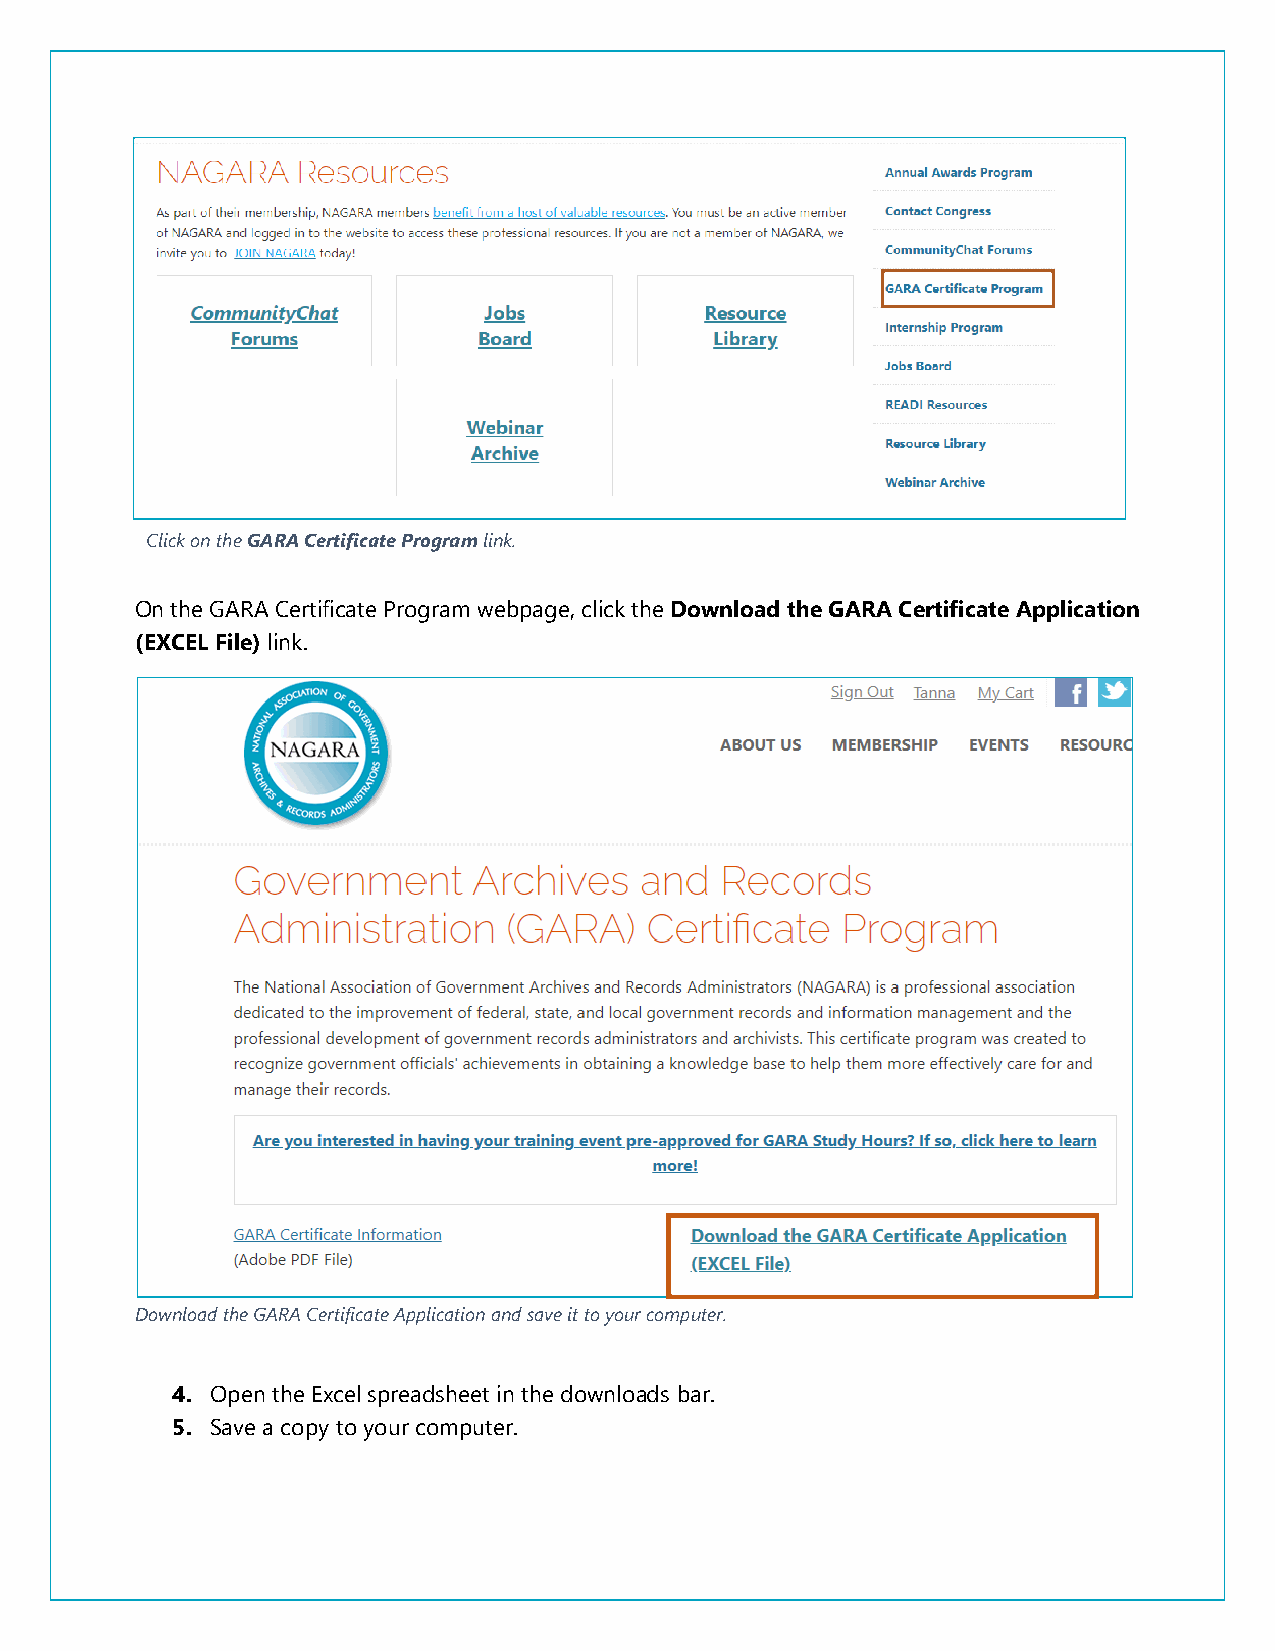
Click on the GARA Certificate Program link.
 On the GARA Certificate Program webpage, click the Download the GARA Certificate Application
 (EXCEL File) link.
 Download the GARA Certificate Application and save it to your computer.
 4. Open the Excel spreadsheet in the downloads bar.
 5. Save a copy to your computer.